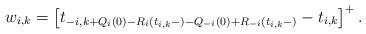
LaTeX: \begin{align*}w_{i,k} = \left[t_{-i, k+Q_i(0)-R_i(t_{i,k}-)-Q_{-i}(0)+R_{-i}(t_{i,k}-)} - t_{i,k}\right]^+.\end{align*}